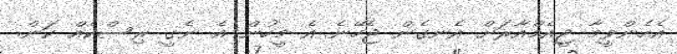
އެހެންވީމާ ޖީއެމްއާރަށް އެނގެން ޖެހޭނެ އެ މީހުން އެ ނެގީ ރިސްކެއް ކަން.